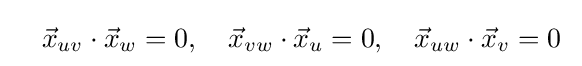
\quad {\vec {x}}_{uv}\cdot {\vec {x}}_{w}=0,\quad {\vec {x}}_{vw}\cdot {\vec {x}}_{u}=0,\quad {\vec {x}}_{uw}\cdot {\vec {x}}_{v}=0\;